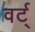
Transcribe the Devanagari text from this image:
वर्ट्